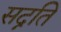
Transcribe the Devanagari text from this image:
सद्नति